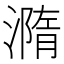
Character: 𣿂